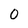
Character: 0